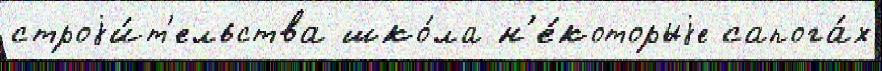
строjи́т'ельства шко́ла н'е́которыjе сапога́х